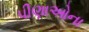
પીણાઓના